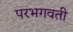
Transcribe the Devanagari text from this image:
परभगवती